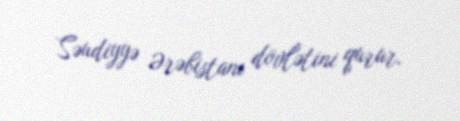
Səudiyyə Ərəbistanı dövlətini qurur.